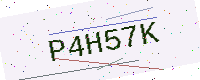
Text: P4H57K